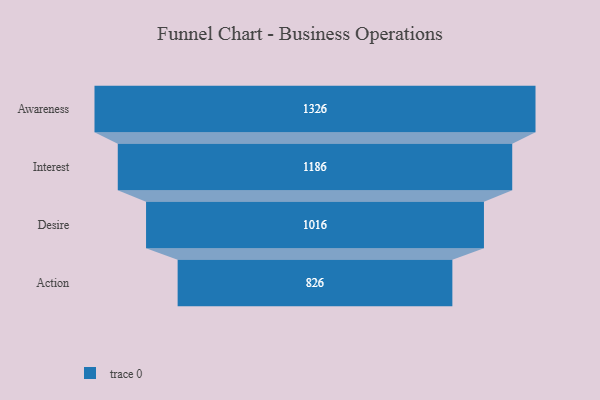
{"axis": {"x": "Stage", "y": "Value"}, "legend": [""], "data": [{"x": "Awareness", "y": 1326.0, "type": ""}, {"x": "Interest", "y": 1186.0, "type": ""}, {"x": "Desire", "y": 1016.0, "type": ""}, {"x": "Action", "y": 826.0, "type": ""}]}